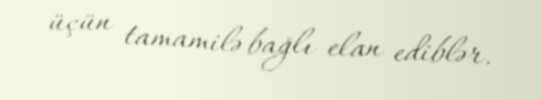
üçün tamamilə bağlı elan ediblər.